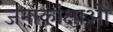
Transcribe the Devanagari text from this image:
जनाकांक्षाओं